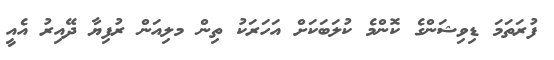
ފުރަތަމަ ޑިވިޝަންގެ ކޮންމެ ކުލަބަކަށް އަހަރަކު ތިން މލިއަން ރުފިޔާ ދޭއިރު އެއީ